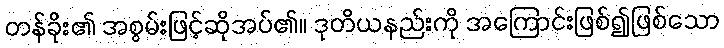
တန်ခိုး၏ အစွမ်းဖြင့်ဆိုအပ်၏။ ဒုတိယနည်းကို အကြောင်းဖြစ်၍ဖြစ်သော